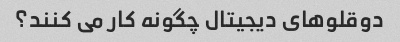
دوقلوهای دیجیتال چگونه کار می کنند؟